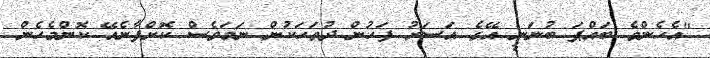
"އެހެންވެ ބައްޕަ ބުނަނީ އޭގެ އަސަރު ފަހުން ދުވަހަކުން ނަމަވެސް ކޮށްފާނެއޭ ކޮންމެހެން